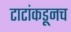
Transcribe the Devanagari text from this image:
टाटांकडूनच